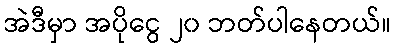
အဲဒီမှာ အပိုငွေ ၂၀ ဘတ်ပါနေတယ်။